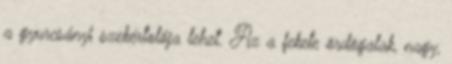
a gyurcsányi szekértolója lehet. Az a fekete ördögalak, nagy,